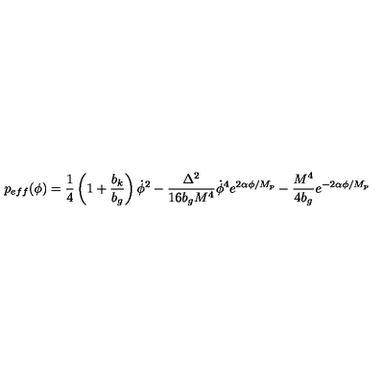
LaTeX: p _ { e f f } ( \phi ) = \frac { 1 } { 4 } \left( 1 + \frac { b _ { k } } { b _ { g } } \right) \dot { \phi } ^ { 2 } - \frac { \Delta ^ { 2 } } { 1 6 b _ { g } M ^ { 4 } } \dot { \phi } ^ { 4 } e ^ { 2 \alpha \phi / M _ { p } } - \frac { M ^ { 4 } } { 4 b _ { g } } e ^ { - 2 \alpha \phi / M _ { p } }